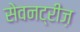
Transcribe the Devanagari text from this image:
सेवनट्रीज़